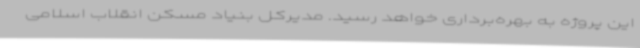
این پروژه به بهره‌برداری خواهد رسید. مدیرکل بنیاد مسکن انقلاب اسلامی